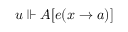
u \Vdash A [ e ( x \to a ) ]